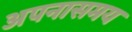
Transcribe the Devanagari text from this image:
अपनासमय